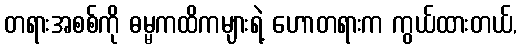
တရားအစစ်ကို ဓမ္မကထိကများရဲ့ ဟောတရားက ကွယ်ထားတယ်,